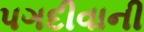
પગદીવાની